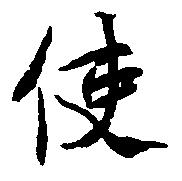
使